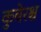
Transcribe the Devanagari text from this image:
कुबेरश्च